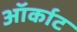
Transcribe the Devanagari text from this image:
ऑर्काट